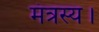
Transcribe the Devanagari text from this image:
मंत्रस्य।